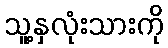
သူ့နှလုံးသားကို